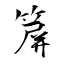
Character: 箳